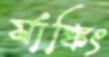
র‍্যাঙ্কিং